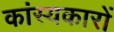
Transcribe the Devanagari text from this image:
कांस्यकारों